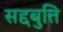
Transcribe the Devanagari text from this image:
सद्दबुत्ति